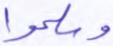
وسلموا